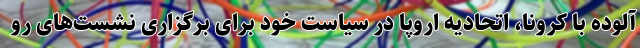
آلوده با کرونا، اتحادیه اروپا در سیاست خود برای برگزاری نشست‌های رو